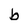
Character: b